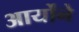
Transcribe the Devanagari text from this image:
आर्योंने